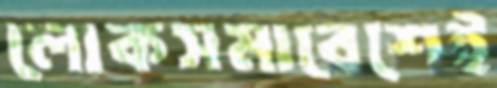
লোকসমাবেশেই